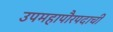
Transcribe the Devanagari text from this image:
उपमहापौरपदाची